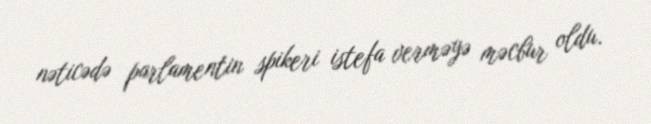
nəticədə parlamentin spikeri istefa verməyə məcbur oldu.